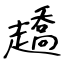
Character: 趫